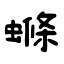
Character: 螩